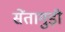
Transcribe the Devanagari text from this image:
सेंतागुड़ी